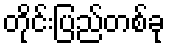
တိုင်းပြည်တစ်ခု